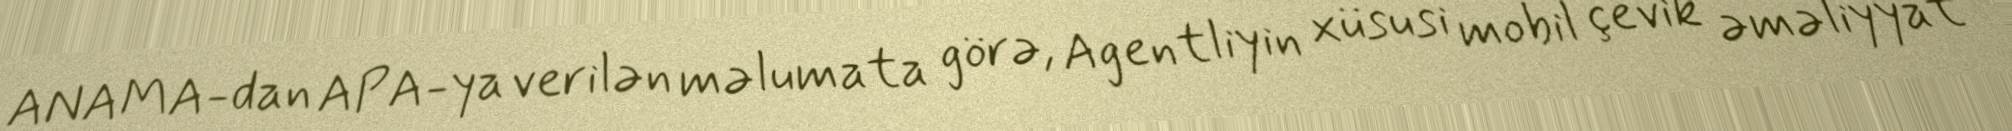
ANAMA-dan APA-ya verilən məlumata görə, Agentliyin xüsusi mobil çevik əməliyyat